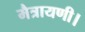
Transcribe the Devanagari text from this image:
मैत्रायणी।